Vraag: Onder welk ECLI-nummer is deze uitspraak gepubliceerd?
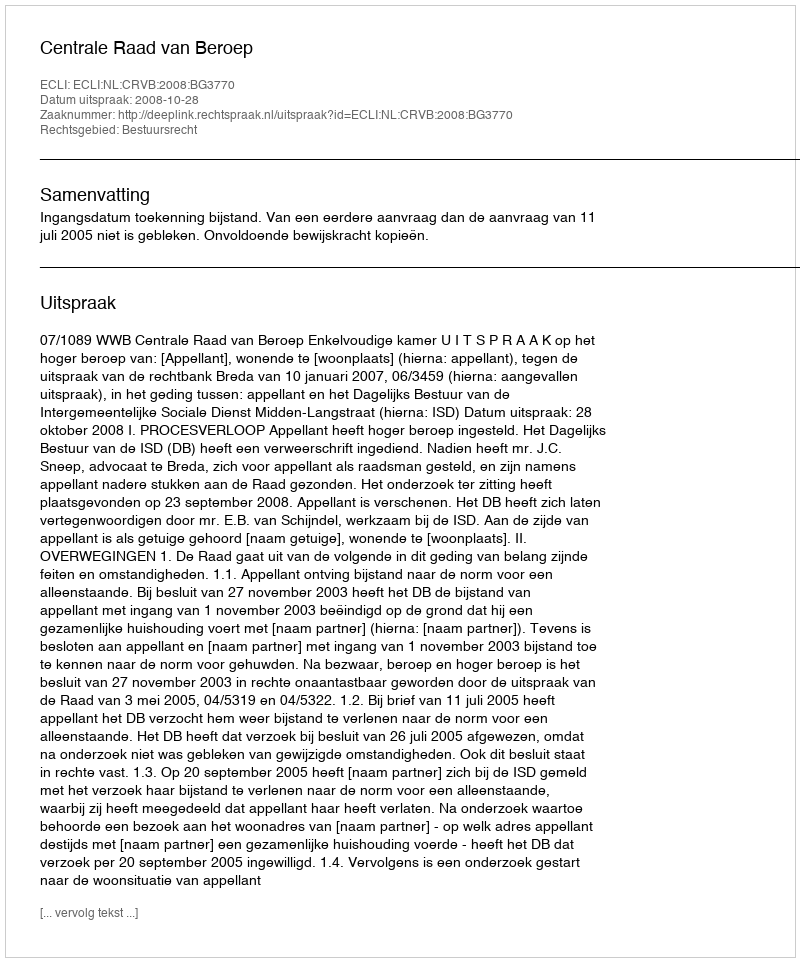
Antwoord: ECLI:NL:CRVB:2008:BG3770